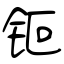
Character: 钷